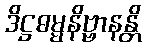
ဒိဋ္ဌဓမ္မနိဗ္ဗာနန္တိ